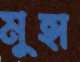
মুহা